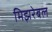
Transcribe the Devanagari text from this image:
मिझरेबल